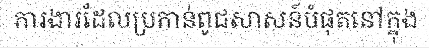
ការងារដែលប្រកាន់ពូជសាសន៍បំផុតនៅក្នុង